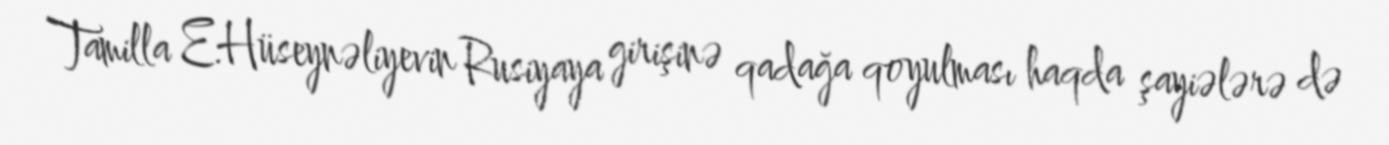
Tamilla E.Hüseynəliyevin Rusiyaya girişinə qadağa qoyulması haqda şayiələrə də